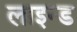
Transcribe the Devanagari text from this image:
लाइन्‍ड